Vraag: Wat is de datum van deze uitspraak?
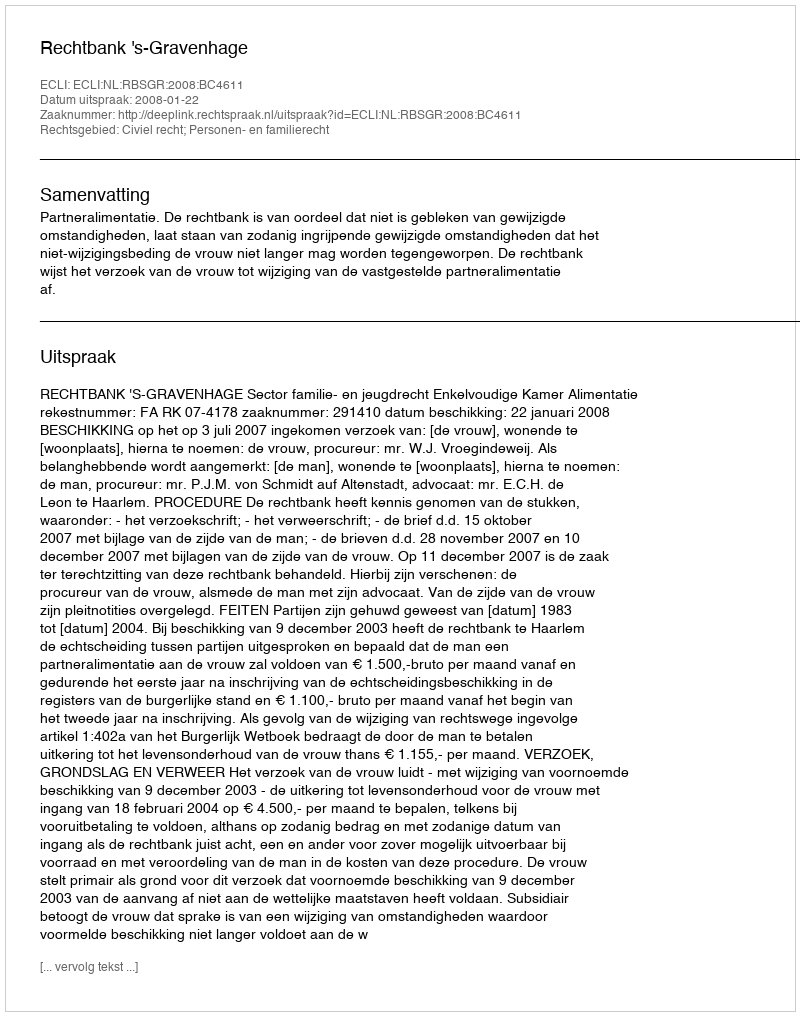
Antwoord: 2008-01-22